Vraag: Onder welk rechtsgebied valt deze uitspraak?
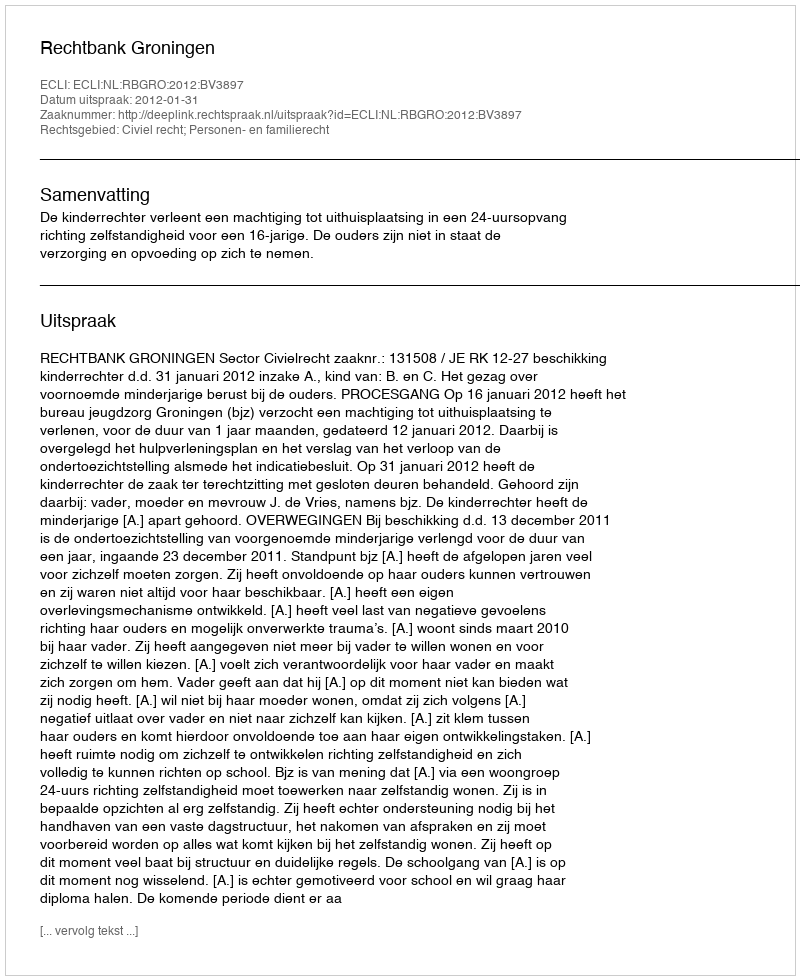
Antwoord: Civiel recht; Personen- en familierecht